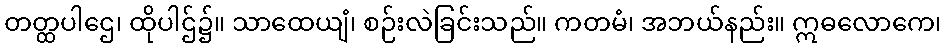
တတ္ထပါဌေ၊ ထိုပါဌ်၌။ သာထေယျံ၊ စဉ်းလဲခြင်းသည်။ ကတမံ၊ အဘယ်နည်း။ ဣဓလောကေ၊